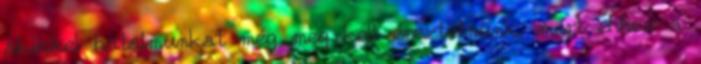
akikkel hatalmunkat még meg kell éreztetnünk, mert ehhez a